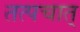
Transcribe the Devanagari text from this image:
तत्पचात्